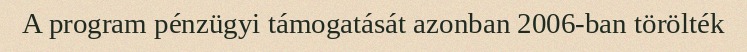
A program pénzügyi támogatását azonban 2006-ban törölték